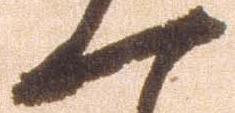
一